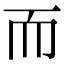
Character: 而